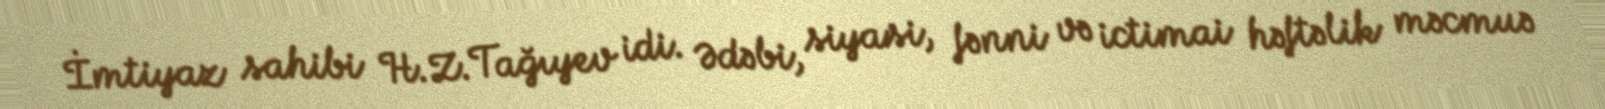
İmtiyaz sahibi H.Z.Tağıyev idi. Ədəbi, siyasi, fənni və ictimai həftəlik məcmuə